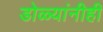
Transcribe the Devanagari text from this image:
डोळ्यांनीही